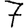
Digit: 7